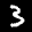
Label: 3